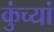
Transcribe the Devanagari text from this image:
कुंच्यां